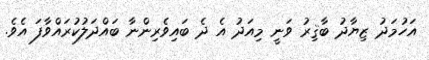
އަހުމަދު ޒިޔާދު ބާޤިރު ވަނީ މިއަދު އެ ދެ ބައިވެރިންނާ ބައްދަލުކުރައްވާފަ އެވެ.